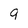
Character: 9